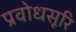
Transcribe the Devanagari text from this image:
प्रवोधसूरि